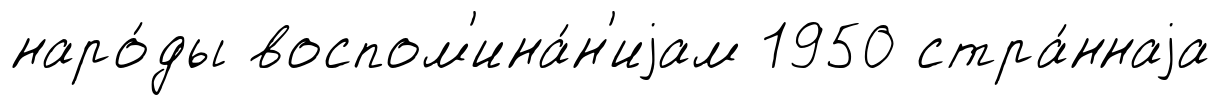
наро́ды воспом'ина́н'иjам 1950 стра́ннаjа